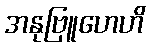
အနုဗြူဟေဟိ